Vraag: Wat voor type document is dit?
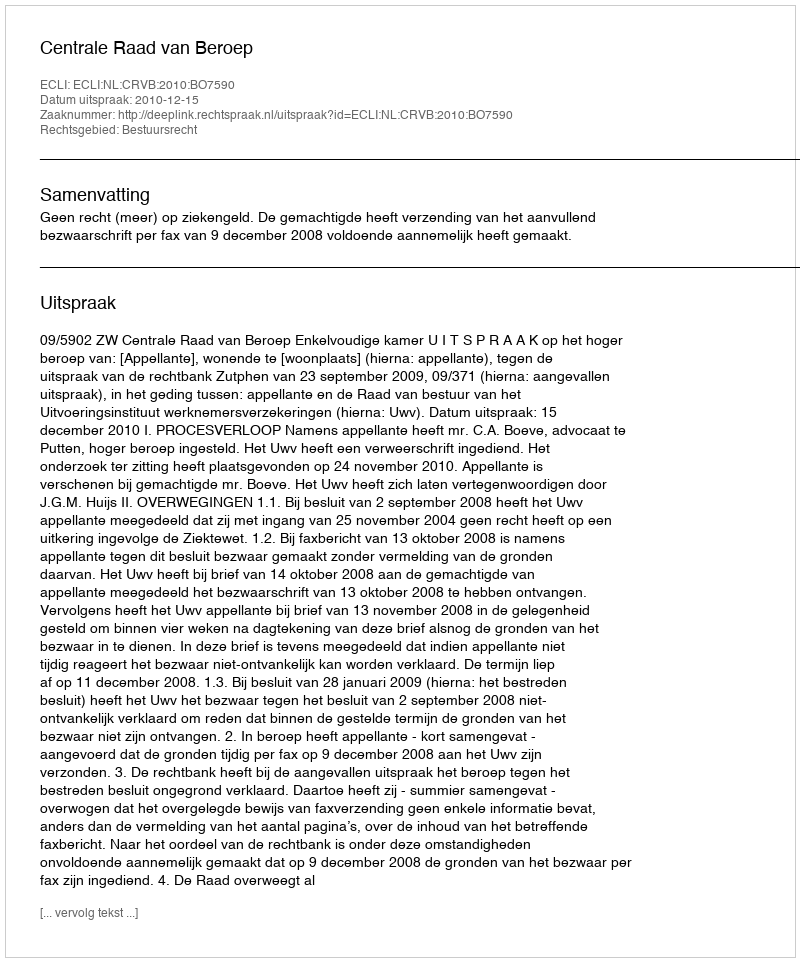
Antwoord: Uitspraak